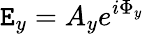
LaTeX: \mathtt{E}_{y}=A_{y}e^{i\Phi_{y}}